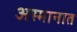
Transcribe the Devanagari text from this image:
अस्मानात